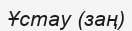
Ұстау (заң)